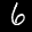
Label: 6